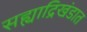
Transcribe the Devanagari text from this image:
सह्याद्रिखंडात